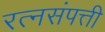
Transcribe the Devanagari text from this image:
रत्नसंपत्ती